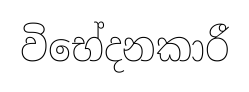
විභේදනකාරී